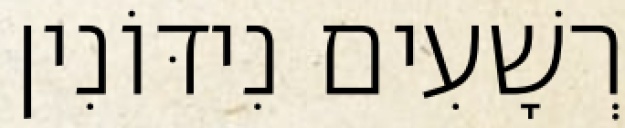
רְשָׁעִים נִידּוֹנִין